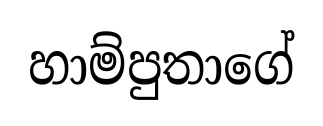
හාම්පුතාගේ